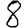
Digit: 8